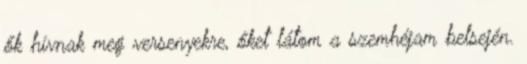
ők hívnak meg versenyekre, őket látom a szemhéjam belsején.